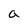
Character: a